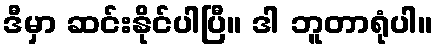
ဒီမှာ ဆင်းနိုင်ပါပြီ။ ဒါ ဘူတာရုံပါ။